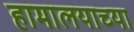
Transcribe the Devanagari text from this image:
हामालयाच्या